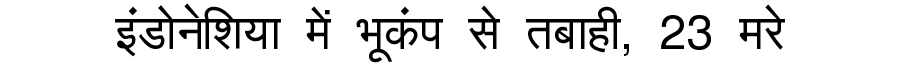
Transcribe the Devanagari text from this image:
इंडोनेशिया में भूकंप से तबाही, 23 मरे